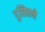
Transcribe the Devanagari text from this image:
दुसितने